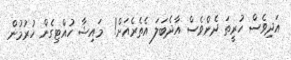
އަދިވެސް ހުރީތަ ދެންވެސް އާދެބަލަ އެތެރެއަށް!  މައިޝާ ހުއްޓިގެން ހުރުމުން